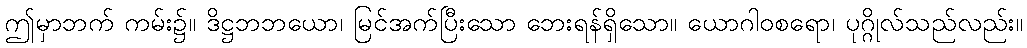
ဤမှာဘက် ကမ်း၌။ ဒိဋ္ဌဘဘယော၊ မြင်အက်ပြီးသော ဘေးရန်ရှိသော။ ယောဂါဝစရော၊ ပုဂ္ဂိုလ်သည်လည်း။